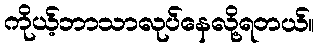
ကိုယ့်ဘာသာလုပ်နေလို့ရတယ်။